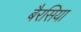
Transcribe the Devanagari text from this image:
बैरसिया